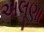
અલૂણા